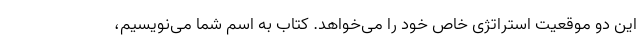
این دو موقعیت استراتژی خاص خود را می‌خواهد. کتاب به اسم شما می‌نویسیم،